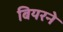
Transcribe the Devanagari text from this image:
बियरने